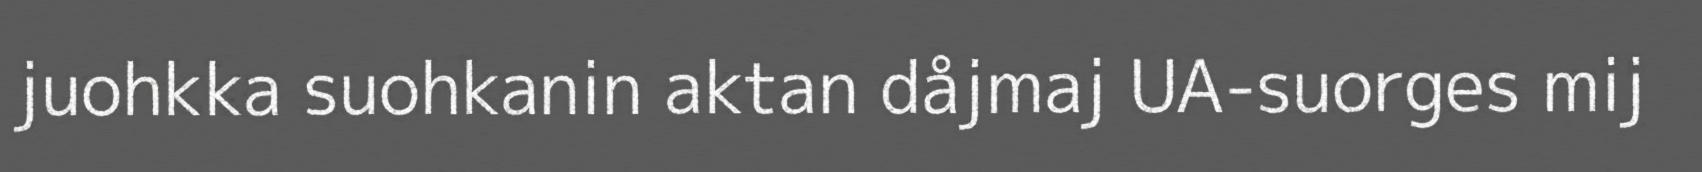
juohkka suohkanin aktan dåjmaj UA-suorges mij